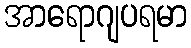
အာရောဂျပရမာ